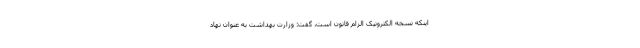
اینکه نسخه الکترونیک الزام قانون است، گفت: وزارت بهداشت به عنوان نهاد